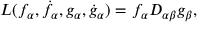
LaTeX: L ( f _ { \alpha } , \dot { f } _ { \alpha } , g _ { \alpha } , \dot { g } _ { \alpha } ) = f _ { \alpha } D _ { \alpha \beta } g _ { \beta } ,